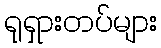
ရုရှားတပ်များ